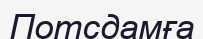
Потсдамға